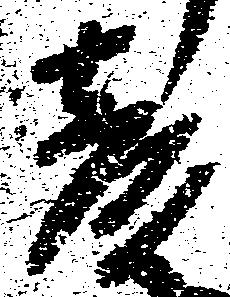
彦